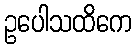
ဥပေါသထိကေ